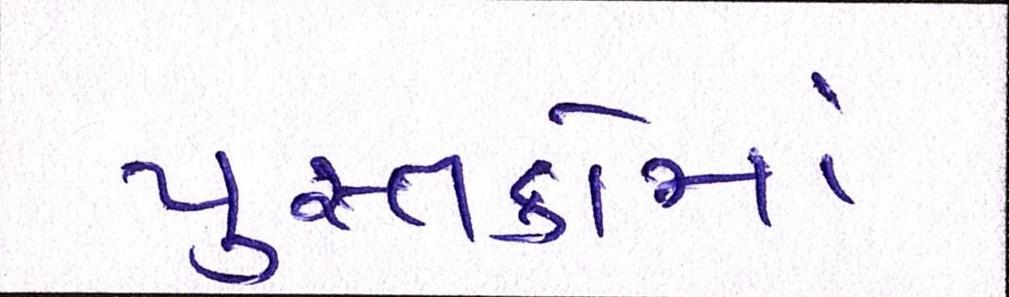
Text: પુસ્તકોમાં